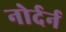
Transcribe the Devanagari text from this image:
नोर्दर्न